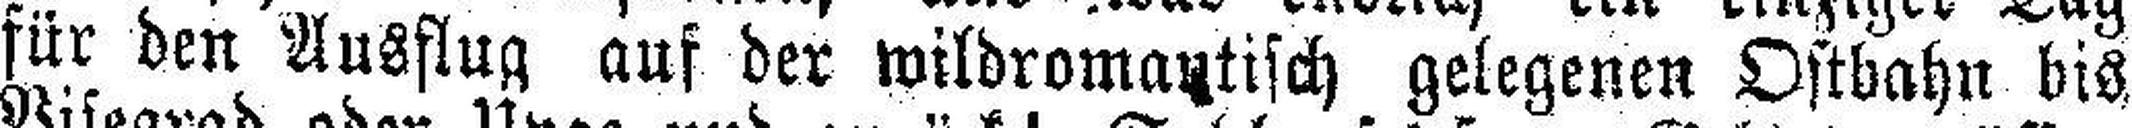
für den Ausflug auf der wildromantisch gelegenen Ostbahn bis